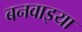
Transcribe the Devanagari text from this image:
बनवाइया